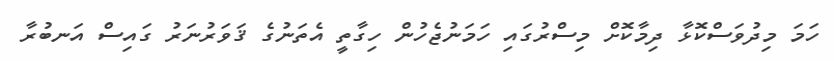
ހަމަ މިދުވަސްކޮޅާ ދިމާކޮށް މިސްރުގައި ހަމަނުޖެހުން ހިގާތީ އެތަނުގެ ޤަވަރުނަރު ގައިސް އަނބުރާ